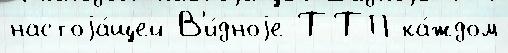
настоjа́щей В'и́дноjе ТТП ка́ждом